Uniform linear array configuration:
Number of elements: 4
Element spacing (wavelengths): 0.5
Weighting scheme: blackman
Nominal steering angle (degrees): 0
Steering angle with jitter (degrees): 0.7363
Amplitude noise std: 0.05
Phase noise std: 0.05

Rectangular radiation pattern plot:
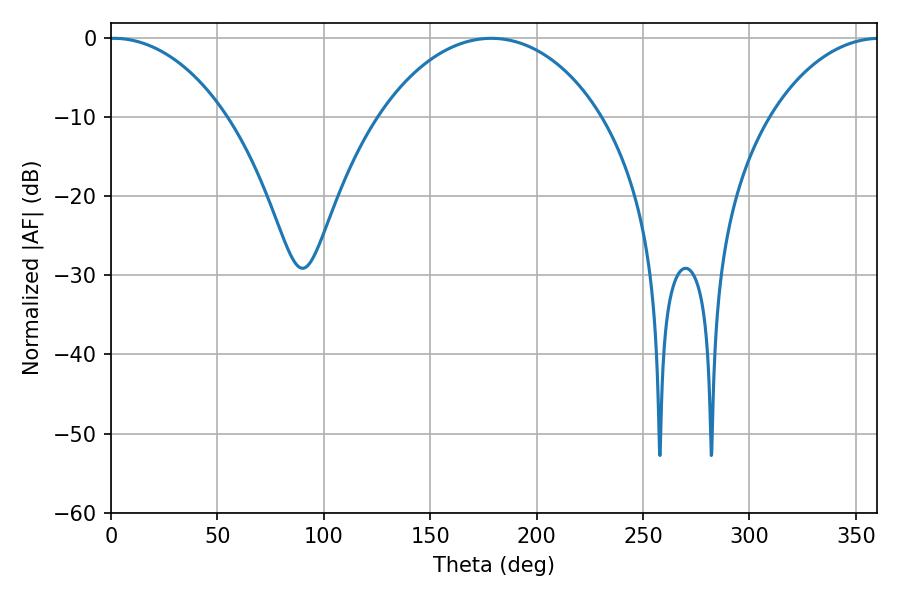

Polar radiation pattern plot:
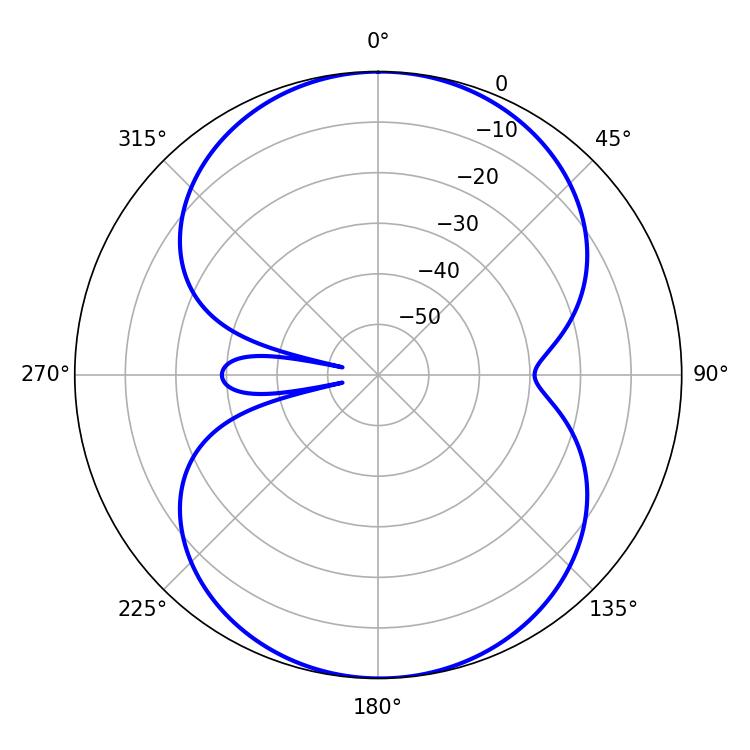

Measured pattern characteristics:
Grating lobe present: FALSE
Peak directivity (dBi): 15.045
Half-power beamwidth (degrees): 31.32
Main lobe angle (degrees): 1.26